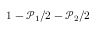
1 - \mathcal { P } _ { 1 } / 2 - \mathcal { P } _ { 2 } / 2